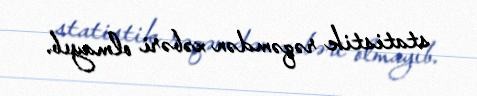
statistik rəqəmdən xəbəri olmayıb.